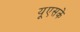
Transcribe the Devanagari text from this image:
यूएसके